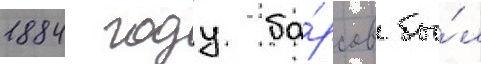
1884 году ба́рсов бы́л